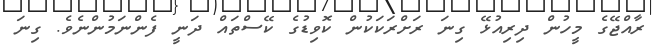
ރާއްޖޭގެ މީހުން ދިރިއުޅޭ ގިނަ ރަށްރަކަކުން ކޮވިޑުގެ ކޭސްތައް ދަނީ ފެންނަމުންނެވެ. ގިނަ